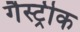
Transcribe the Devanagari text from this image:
गैस्ट्रीक